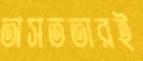
অসততারই